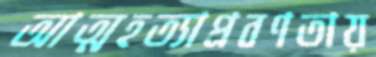
আত্মহত্যাপ্রবণতায়